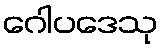
ဂေါပဒေသု